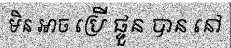
មិន អាច ប្រើ ផ្ទួន បាន នៅ